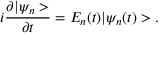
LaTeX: i \frac { \partial | \psi _ { n } > } { \partial t } = E _ { n } ( t ) | \psi _ { n } ( t ) > .